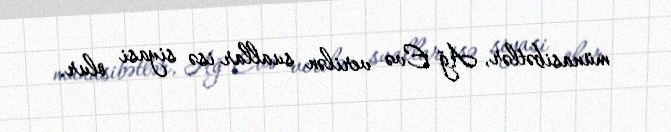
münasibətlər, Ağ Evə verilən suallar isə siyasi olur.